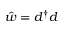
\hat { w } = d ^ { \dagger } d